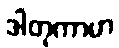
ဒါတုကာမာ